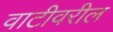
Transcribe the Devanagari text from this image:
वाटीवरील